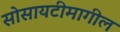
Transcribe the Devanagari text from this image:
सोसायटीमागील